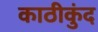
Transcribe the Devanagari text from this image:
काठीकुंद